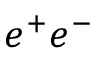
e ^ { + } e ^ { - }